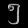
Digit: ၅